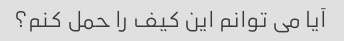
آیا می توانم این کیف را حمل کنم؟